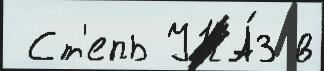
 Ст'епь УКА́З в